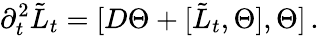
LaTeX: \partial_{t}^{2}\tilde{L}_{t}=[D\Theta+[\tilde{L}_{t},\Theta],\Theta]\, .